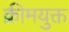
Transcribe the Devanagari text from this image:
क्रीमयुक्त